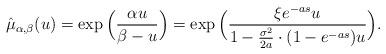
LaTeX: \begin{align*}\displaystyle{\hat{\mu}_{\alpha,\beta}(u)}=\exp \Big( \frac{\alpha u}{\beta -u} \Big )=\exp \Big(\frac{\xi e^{-as}u}{1-\frac{\sigma^2}{2a}\cdot (1-e^{-as})u} \Big).\end{align*}